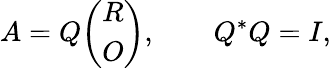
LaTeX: A=Q{\left(\begin{array}{l}{R}\\ {O}\end{array}\right)},\qquad Q^{*}Q=I,